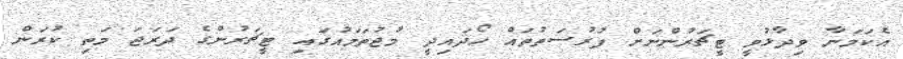
އެކަމަނާ ވިދާޅުވީ ޓީޗަރުންނަށް ފުރުސަތުތައް ހޯދައިދީ މުޖުތަމައުގައި ޓީޗަރުންގެ ދަރަޖަ މަތި ކުރަން